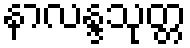
နာလန္ဒသုတ္တ